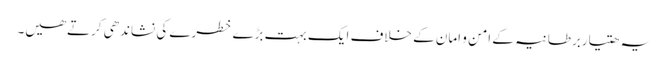
یہ ھتیاربرطانیہ کے امن و امان کے خلاف ایک بہت بڑے خطرے کی نشاندھی کرتےھیں۔